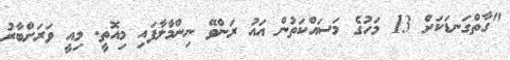
"ގާތްގަނޑަކަށް 13 މަހުގެ މަސައްކަތުން އައު ރަންވޭ ނިންމާލާފައި މިއޮތީ. މިއީ ވަރަށްބާރު